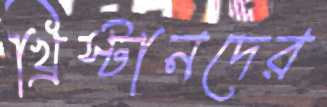
খ্রিস্টানদের